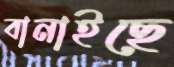
বানাইছে